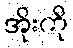
အိုးကို